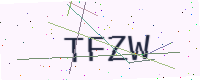
Text: TFZW